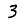
Digit: 3